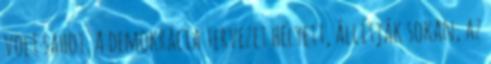
volt sahot. A demokrácia tervezet helyett, állítják sokan, az